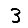
Digit: 3